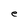
Character: e